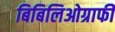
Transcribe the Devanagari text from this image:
बिबिलिओग्राफी